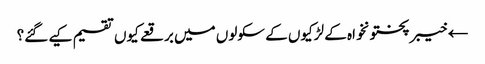
← خیبر پختونخواہ کے لڑکیوں کے سکولوں میں برقعے کیوں تقسیم کیے گئے؟